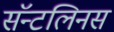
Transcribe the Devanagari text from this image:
सॅन्टलिनस